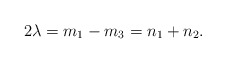
\begin{align*}2\lambda=m_1-m_3= n_1+n_2.\end{align*}